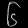
Digit: ၆